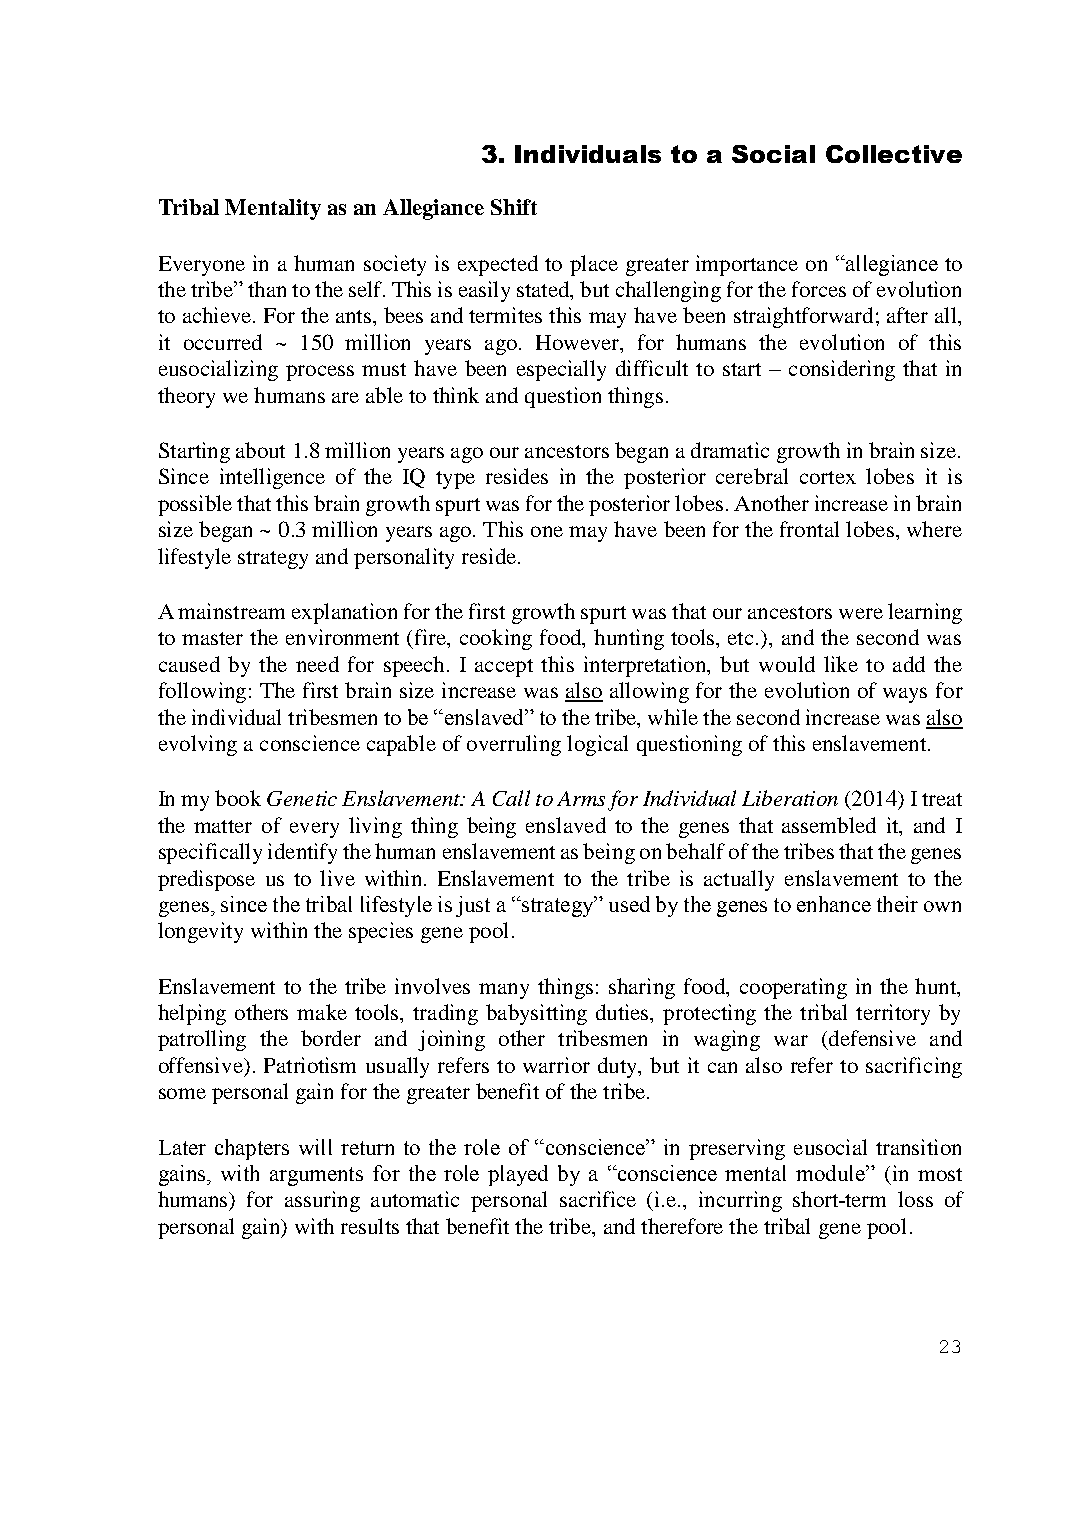
3. Individuals to a Social Collective
 Tribal Mentality as an Allegiance Shift
 Everyone in a human society is expected to place greater importance on “allegiance to
 the tribe” than to the self. This is easily stated, but challenging for the forces of evolution
 to achieve. For the ants, bees and termites this may have been straightforward; after all,
 it occurred ~ 150 million years ago. However, for humans the evolution of this
 eusocializing process must have been especially difficult to start – considering that in
 theory we humans are able to think and question things.
 Starting about 1.8 million years ago our ancestors began a dramatic growth in brain size.
 Since intelligence of the IQ type resides in the posterior cerebral cortex lobes it is
 possible that this brain growth spurt was for the posterior lobes. Another increase in brain
 size began ~ 0.3 million years ago. This one may have been for the frontal lobes, where
 lifestyle strategy and personality reside.
 A mainstream explanation for the first growth spurt was that our ancestors were learning
 to master the environment (fire, cooking food, hunting tools, etc.), and the second was
 caused by the need for speech. I accept this interpretation, but would like to add the
 following: The first brain size increase was also allowing for the evolution of ways for
 the individual tribesmen to be “enslaved” to the tribe, while the second increase was also
 evolving a conscience capable of overruling logical questioning of this enslavement.
 In my book Genetic Enslavement: A Call to Arms for Individual Liberation (2014) I treat
 the matter of every living thing being enslaved to the genes that assembled it, and I
 specifically identify the human enslavement as being on behalf of the tribes that the genes
 predispose us to live within. Enslavement to the tribe is actually enslavement to the
 genes, since the tribal lifestyle is just a “strategy” used by the genes to enhance their own
 longevity within the species gene pool.
 Enslavement to the tribe involves many things: sharing food, cooperating in the hunt,
 helping others make tools, trading babysitting duties, protecting the tribal territory by
 patrolling the border and joining other tribesmen in waging war (defensive and
 offensive). Patriotism usually refers to warrior duty, but it can also refer to sacrificing
 some personal gain for the greater benefit of the tribe.
 Later chapters will return to the role of “conscience” in preserving eusocial transition
 gains, with arguments for the role played by a “conscience mental module” (in most
 humans) for assuring automatic personal sacrifice (i.e., incurring short-term loss of
 personal gain) with results that benefit the tribe, and therefore the tribal gene pool.
 23